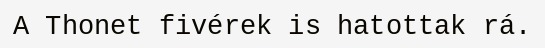
A Thonet fivérek is hatottak rá.